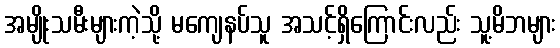
အမျိုးသမီးများကဲ့သို့ မကျေနပ်သူ အသင့်ရှိကြောင်းလည်း သူ့မိဘများ